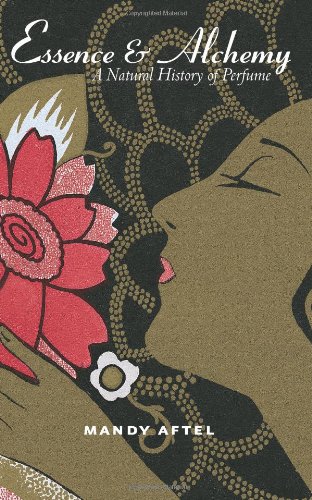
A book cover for Essence and Alchemy: A Natural History of Perfume; Mandy Aftel; Engineering & Transportation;